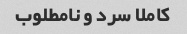
کاملا سرد و نامطلوب